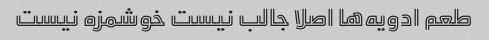
طعم ادویه‌ها اصلا جالب نیست خوشمزه نیست